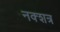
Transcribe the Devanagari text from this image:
नक्शत्र